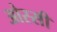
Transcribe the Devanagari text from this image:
ओस्सी